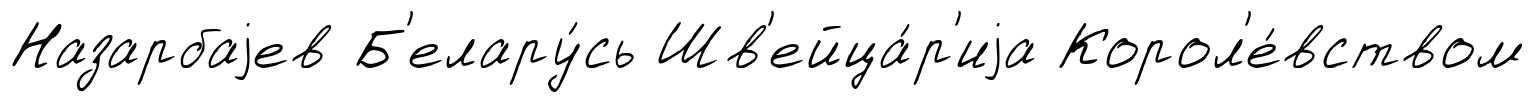
Назарбаjев Б'елару́сь Шв'ейца́р'иjа Корол'е́вством